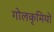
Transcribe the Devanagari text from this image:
गोलकृमियों